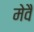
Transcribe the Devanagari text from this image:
मेवै